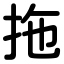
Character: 拖